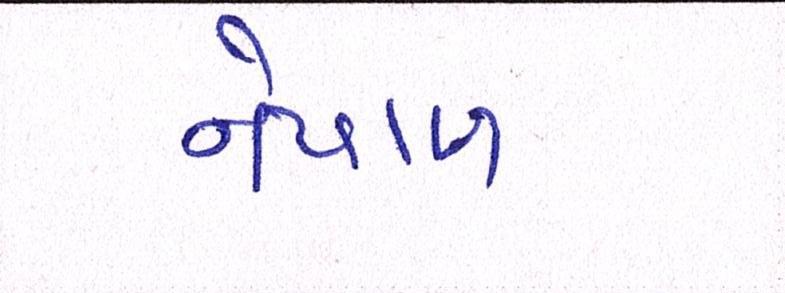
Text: નેપાળ